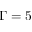
\Gamma = 5